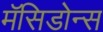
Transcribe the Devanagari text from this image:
मॅसिडोन्स